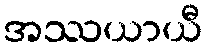
အဿယာယီ